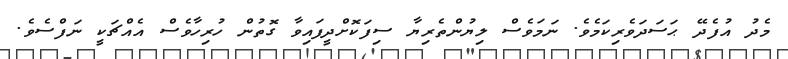
މެދު އުފެދޭ ޙަސަދަވެރިކަމެވެ. ނަމަވެސް ލިޔުންތެރިޔާ ސިފަކޮށްދީފައިވާ ގޮތުން ހުރިހާވެސް އެއްޗަކީ ނަފްސެވެ.